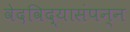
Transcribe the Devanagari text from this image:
वेदविद्यासंपन्न